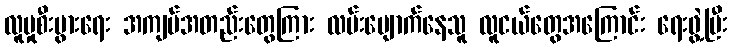
လူမှုစီးပွားရေး အကျပ်အတည်းတွေကြား လမ်းပျောက်နေသူ လူငယ်တွေအကြောင်း ရေးဖွဲ့ပြီး